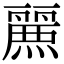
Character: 𮭷